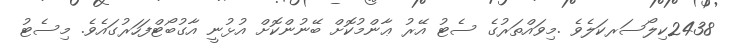
2438ކިލޯސަރކަލެވެ .މިވައްތަރުގެ ސެޓު އޭރު ޢާންމުކޮށް ބޭނުންކޮށް އުޅުނީ އާގުބޯޓްފަހަރުގައެވެ. މިސެޓު